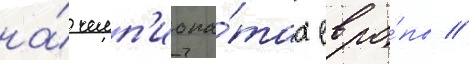
на́ чемп'иона́тах евро́пы //